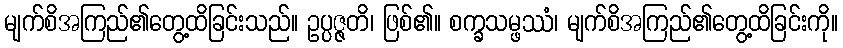
မျက်စိအကြည်၏တွေ့ထိခြင်းသည်။ ဥပ္ပဇ္ဇတိ၊ ဖြစ်၏။ စက္ခသမ္ဖဿံ၊ မျက်စိအကြည်၏တွေ့ထိခြင်းကို။